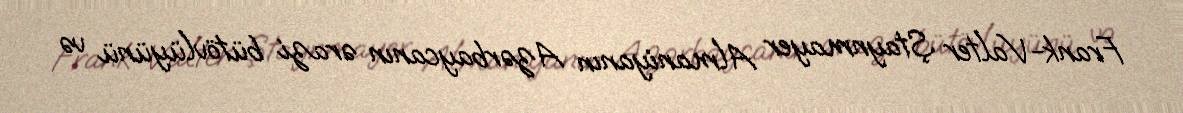
Frank-Valter Ştaynmayer Almaniyanın Azərbaycanın ərazi bütövlüyünü və